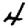
Digit: 4